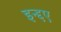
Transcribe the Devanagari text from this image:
इन्द्दए